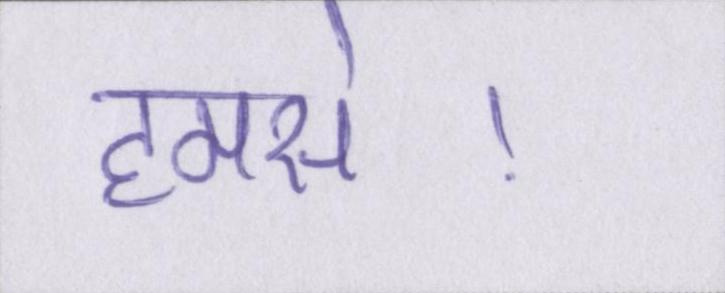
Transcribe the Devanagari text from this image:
हमसे।